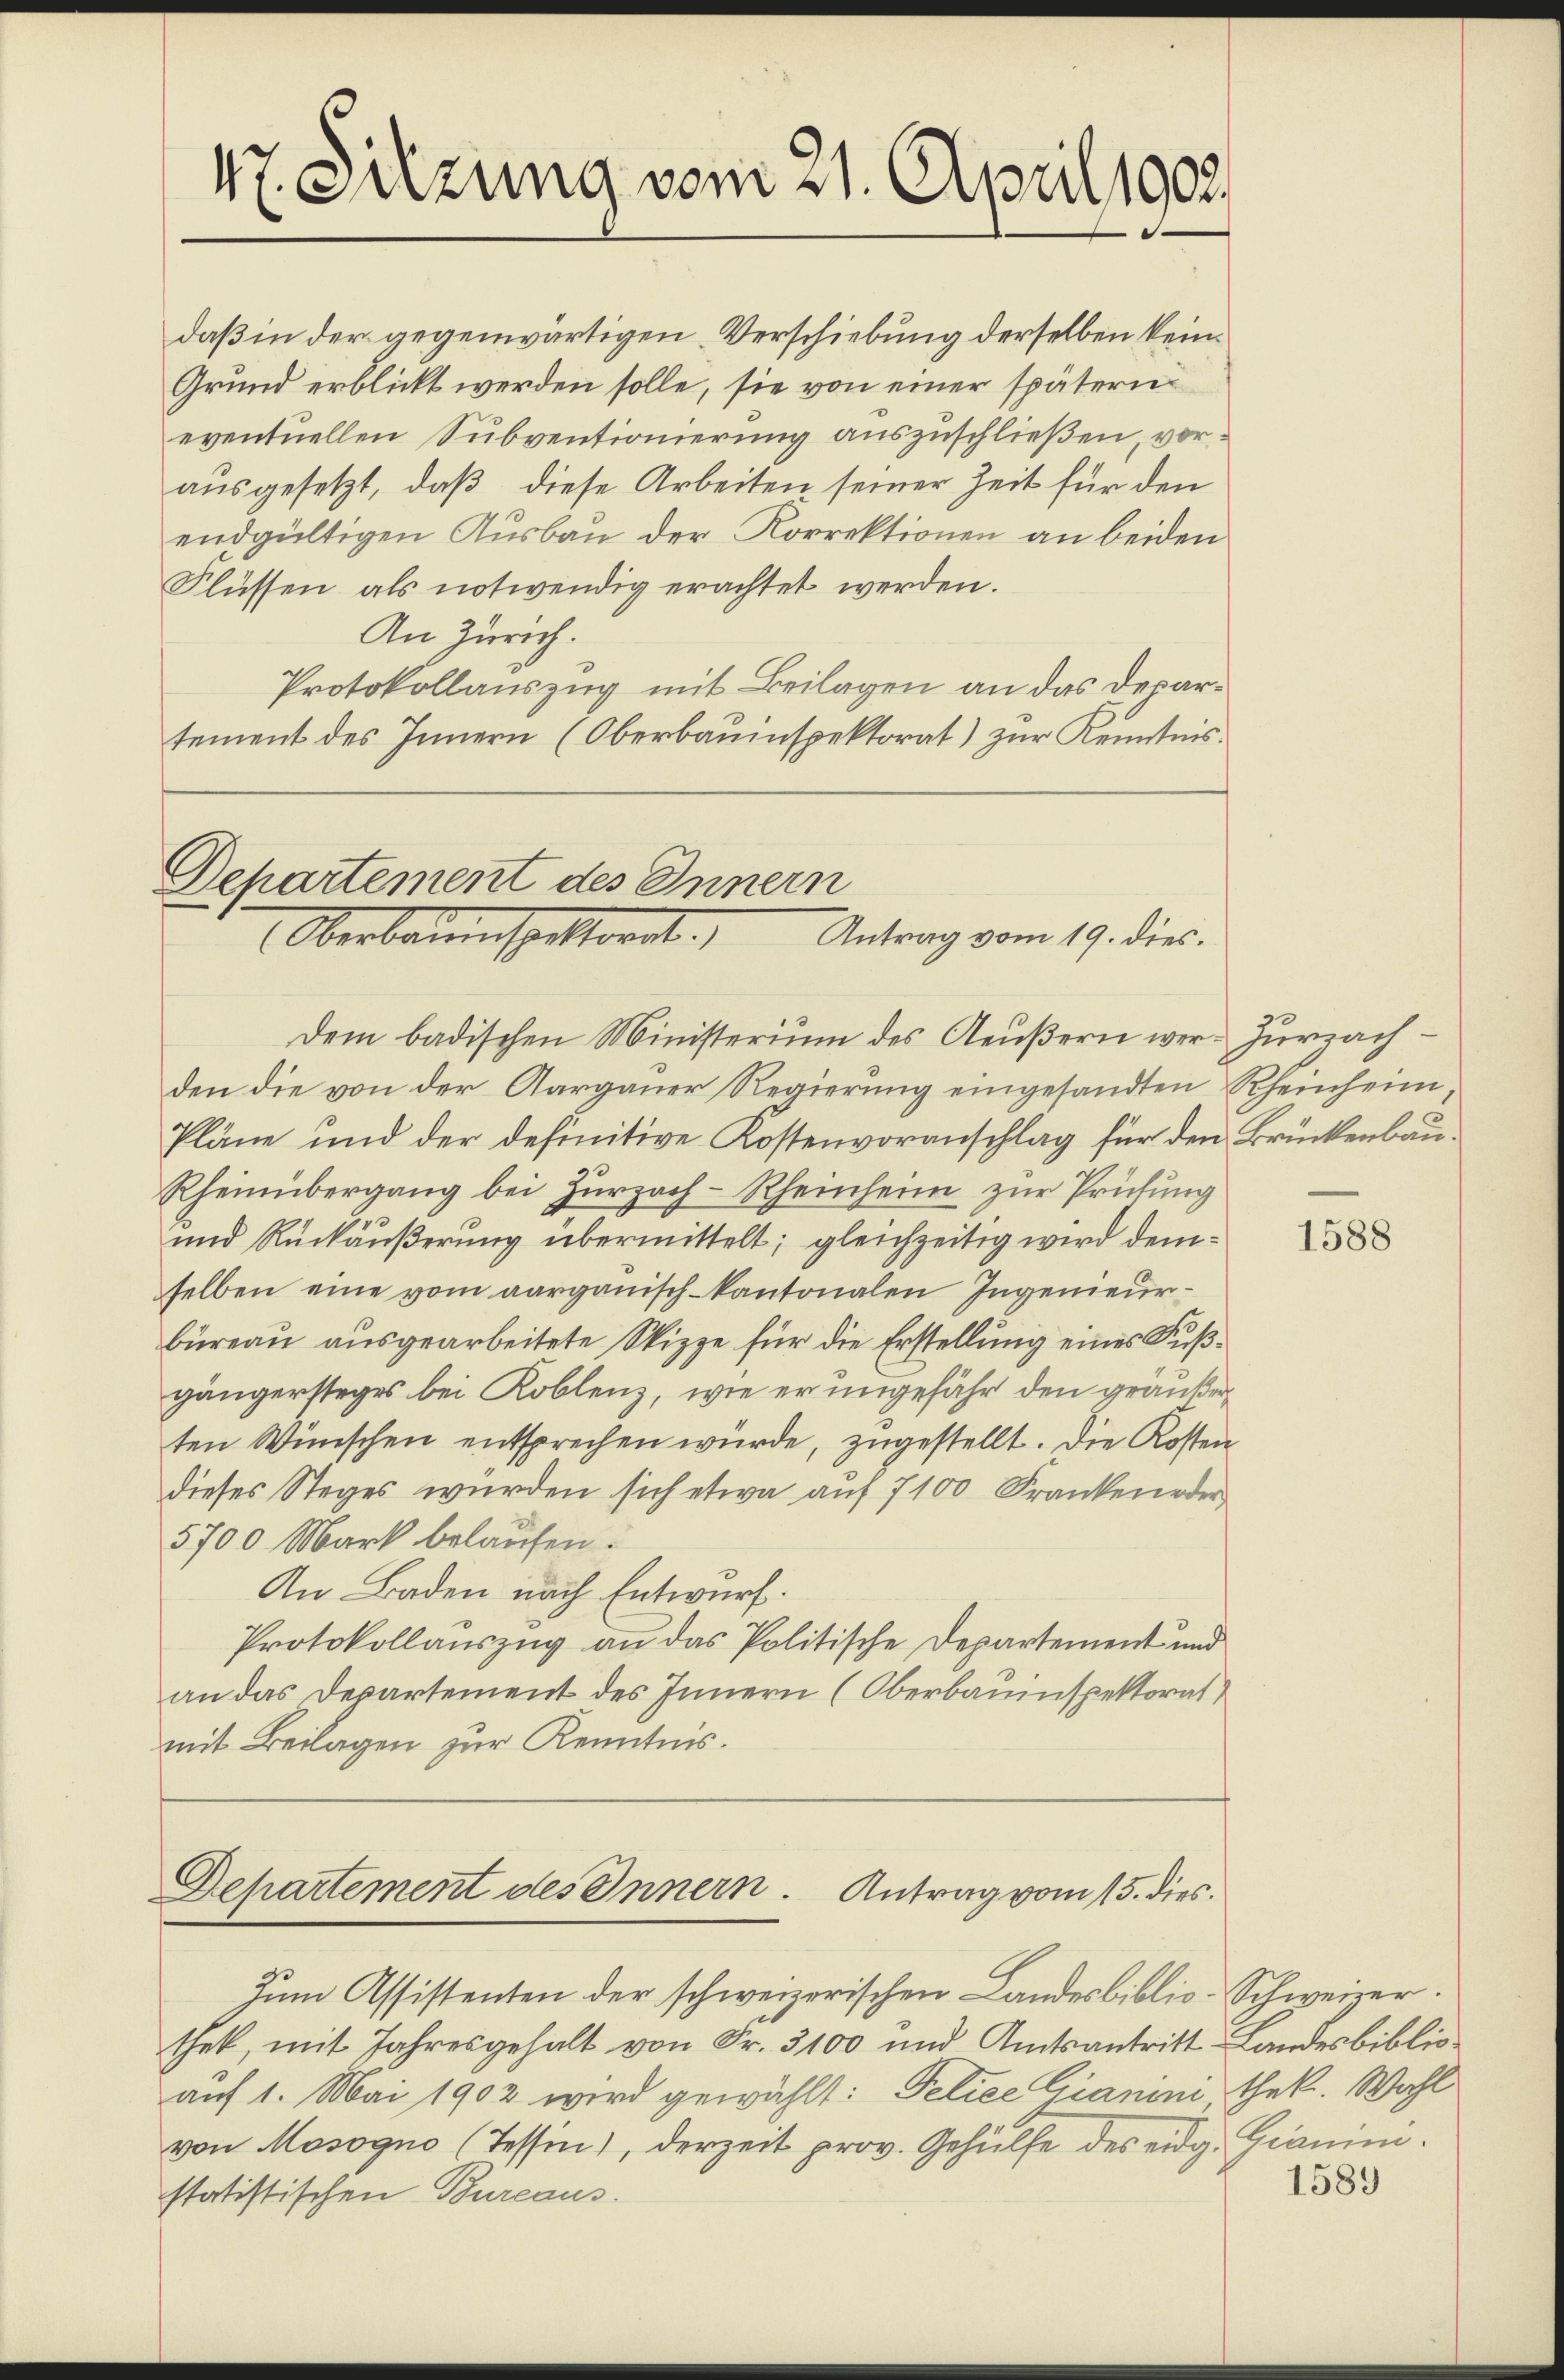
47. Sitzung vom 21. April 1903.

Departement des Innern
Oberbaumschaftwert
Antrag vom 19. dies.
dem badischen Ministerium des Aeußern wer- Zurzach¬

Departement des Innern. Antrag vom 15. dies

daß in der gegenwärtigen Verschiebung derselben kein¬
Grund erblickt werden solle, sie von einer spätern
eventuellen Subventionierung auszuschließen, vorausgesetzt, daß diese Arbeiten seiner Zeit für den
endgültigen Ausbau der Korrektionen an beiden
Flüssen als notwendig erachtet werden.
An Zürich.
Protokollauszug mit Beilagen an das Departement des Innern (Oberbauinspektorat) zur Kenntnis.

den die von der Aargauer Regierung eingesandten Rheinheim,
Pläne und der definitive Kostenvoranschlag für den Brückenbau.
Rheinübergang bei Zurzach–Rheinheim zur Prüfung
und Rückäußerung übermittelt; gleichzeitig wird demselben eine vom aargauisch-kantonalen Ingenieur-
büreau ausgearbeitete Skizze für die Erstellung eines Fußgängerstages bei Koblenz, wie er ungefähr den geäußer
ten Wünschen entsprechen würde, zugestellt. Die Kosten
dieses Steges würden sich etwa auf 7100 Frankeneder
5700. Mark belaufen.
An Baden nach Entwurf.
Protokollauszug an das Politische Departement und
an das Departement des Innern (Oberbauinspektorat
mit Beilagen zur Kenntnis.

Zum Assistenten der schweizerischen Landesbiblio-Schweizer.
thek, mit Jahresgehalt von Fr. 3100 und Amtsantritt Landesbiblio
auf 1. Mai 1902 wird gewählt: Felice Gianini, thek. Wahl
von Mosogno (Tessin, derzeit prov. Gehülfe des eidg. Gianum.
statistischen Bureaus.

1588

1589